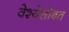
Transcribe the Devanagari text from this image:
वेश्येसोबत